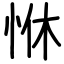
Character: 恘